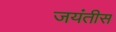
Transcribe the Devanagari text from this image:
जयंतीस